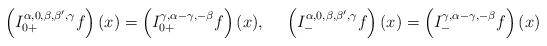
LaTeX: \begin{align*}\left(I_{0+}^{\alpha,0,\beta,\beta',\gamma}f\right)(x)=\left(I_{0+}^{\gamma,\alpha-\gamma,-\beta}f\right)(x),\ \ \ \ \left(I_{-}^{\alpha,0,\beta,\beta',\gamma}f\right)(x)=\left(I_{-}^{\gamma,\alpha-\gamma,-\beta}f\right)(x)\end{align*}